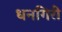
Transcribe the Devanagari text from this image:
धनगिरी